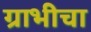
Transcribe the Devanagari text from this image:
ग्राभीचा